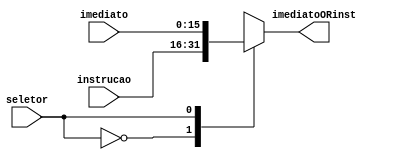
module muxInstORIme
#(parameter DATA_WIDTH=16,parameter ADDR_WIDTH=16)
(
	input [ADDR_WIDTH-1:0] instrucao,
	input [DATA_WIDTH-1:0] imediato,
	input seletor,
	output [DATA_WIDTH-1:0] imediatoORinst
);
	reg [DATA_WIDTH-1:0] res; 
	assign imediatoORinst = res;

	always @(*)
		begin
			case(seletor)
			1'b0: res = instrucao;
			1'b1: res = imediato;
			endcase
		end
	
endmodule